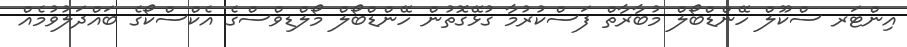
އިންޓަރ ސްކޫލް ހޭންޑްބޯލް މުބާރާތް ފަސްކުރުމާ ގުޅޭގޮތުން ހޭންޑްބޯލް މޯލްޑިވްސްގެ އެކްސްކޯގެ ބައްދަލުވުމެއް